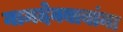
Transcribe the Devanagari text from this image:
नामदेवबाबांना